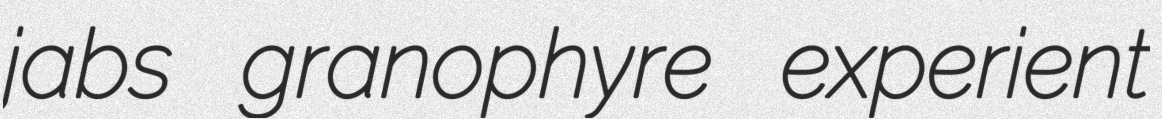
jabs granophyre experient